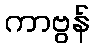
ကာဗွန်